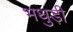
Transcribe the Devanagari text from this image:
भथुड़ी